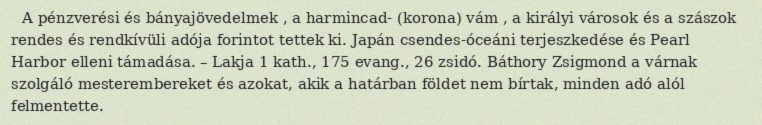
A pénzverési és bányajövedelmek , a harmincad- (korona) vám , a királyi városok és a szászok rendes és rendkívüli adója forintot tettek ki. Japán csendes-óceáni terjeszkedése és Pearl Harbor elleni támadása. – Lakja 1 kath., 175 evang., 26 zsidó. Báthory Zsigmond a várnak szolgáló mesterembereket és azokat, akik a határban földet nem bírtak, minden adó alól felmentette.